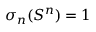
\sigma _ { n } ( S ^ { n } ) = 1